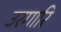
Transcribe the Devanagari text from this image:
उरगारि